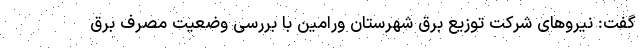
گفت: نیروهای شرکت توزیع برق شهرستان ورامین با بررسی وضعیت مصرف برق